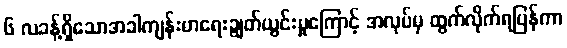
၆ လခန့်ရှိသောအခါကျန်းမာရေးချွတ်ယွင်းမှုကြောင့် အလုပ်မှ ထွက်လိုက်ရပြန်ကာ